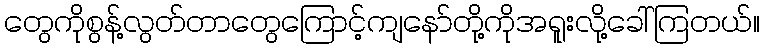
တွေကိုစွန့်လွတ်တာတွေကြောင့်ကျနော်တို့ကိုအရူးလို့ခေါ်ကြတယ်။